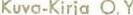
Kuva-Kirja O.Y.